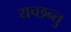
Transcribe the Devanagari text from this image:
यच्छन्तु